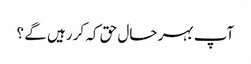
آپ بہر حال حق کہ کر رہیں گے ؟